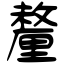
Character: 釐